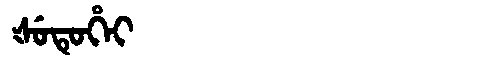
Manchu: ᡧᡠᡨᡠᡥᡝᡳ
Romanization: ŠUTUHEI